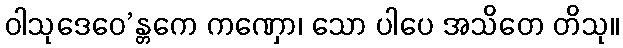
ဝါသုဒေဝေ’န္တကေ ကဏှော၊ သော ပါပေ အသိတေ တိသု။